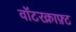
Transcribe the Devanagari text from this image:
वॉटरक्राफ़्ट